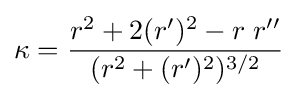
\kappa ={\frac {r^{2}+2(r')^{2}-r\;r''}{(r^{2}+(r')^{2})^{3/2}}}\